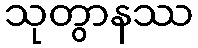
သုတွာနဿ